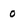
Character: 0